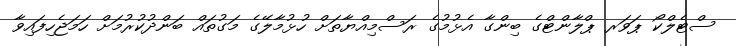
ސްޓެލްކޯ ޕަވަރ ޕްލާންޓްގެ ބިންގާ އެޅުމުގެ ރަސްމިއްޔާތަށް ހުޅުމާލޭގެ މަގުތައް ބަންދުކުރުމަށް ހަމަޖެހިފައިވާ